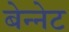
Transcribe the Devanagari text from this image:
बेन्नेट